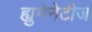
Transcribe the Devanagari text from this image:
ह्युमेनेटीज